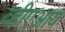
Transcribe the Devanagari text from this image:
व्हीएआय